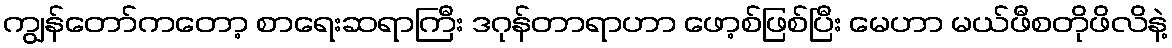
ကျွန်တော်ကတော့ စာရေးဆရာကြီး ဒဂုန်တာရာဟာ ဖော့စ်ဖြစ်ပြီး မေဟာ မယ်ဖီစတိုဖိလိနဲ့